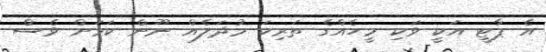
އެ ޕާޓީ އަކީ ވަކި މީހެއްގެ ތަރިކަ މުދަލެއް ނޫން ކަމަށް ވެސް